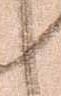
返